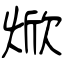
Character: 焮